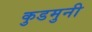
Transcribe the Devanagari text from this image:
कुडमुनी